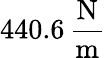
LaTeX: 440.6\, \frac{\mathrm{N}}{\mathrm{m}}